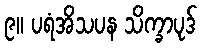
၉။ ပရံအိသပန သိက္ခာပုဒ်